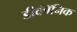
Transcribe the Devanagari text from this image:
डीकॉंनिक